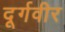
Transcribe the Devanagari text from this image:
दूर्गवीर